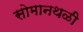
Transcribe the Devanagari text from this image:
सोमानथळी